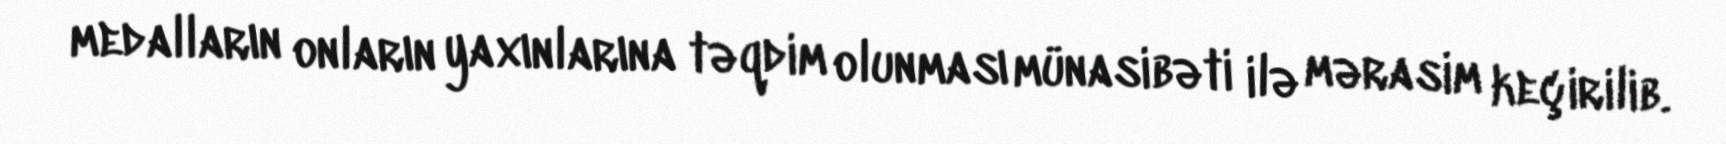
medalların onların yaxınlarına təqdim olunması münasibəti ilə mərasim keçirilib.